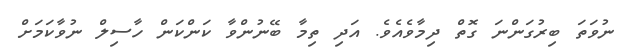
ނުވަތަ ބިރުގަންނަ ގޮތް ދިމާވެއެވެ. އަދި ތިމާ ބޭނުންވާ ކަންކަން ހާސިލް ނުވާކަމަށް